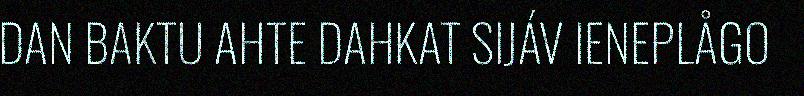
DAN BAKTU AHTE DAHKAT SIJÁV IENEPLÅGO